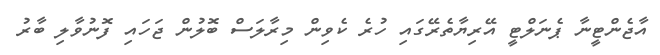
އާޖެންޓީނާ ޕެނަލްޓީ އޭރިޔާތެރޭގައި ހުރެ ކެވިން މިރާލަސް ބޮލުން ޖަހައި ފޮނުވާލި ބާރު